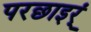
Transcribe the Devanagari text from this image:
परछाइर्ं